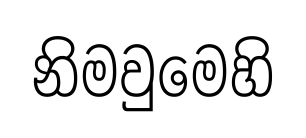
නිමවුමෙහි